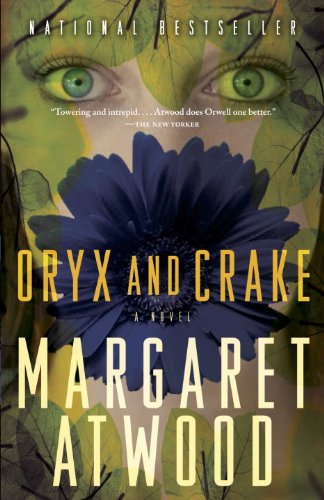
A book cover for Oryx and Crake; Margaret Atwood; Science Fiction & Fantasy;